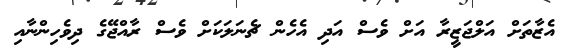
އެޒާތަށް އަލްޖަޒީރާ އަށް ވެސް އަދި އެހެން ޗެނަލަކަށް ވެސް ރާއްޖޭގެ ދިވެހިންނާއި